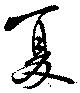
夏